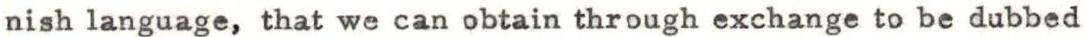
nish language, that we can obtain through exchange to be dubbed